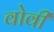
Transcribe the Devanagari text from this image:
वोवी